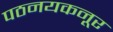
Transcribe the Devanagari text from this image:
पठनयकनूर